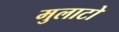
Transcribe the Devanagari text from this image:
मुलाटो